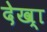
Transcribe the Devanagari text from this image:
देख्‍ा